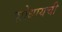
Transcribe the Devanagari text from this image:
शोधायची